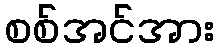
စစ်အင်အား